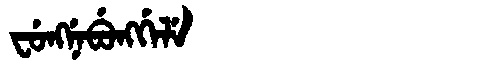
Manchu: ᠸᡠᠩᠨᡝᠪᡠᠩᡤᡝᠯᡝ
Romanization: FUNGNEBUNGGELE